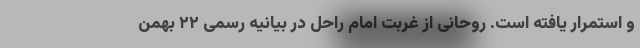
و استمرار یافته است. روحانی از غربت امام راحل در بیانیه رسمی ۲۲ بهمن